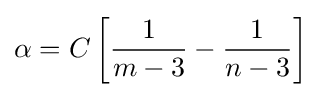
\alpha =C\left[{\frac {1}{m-3}}-{\frac {1}{n-3}}\right]